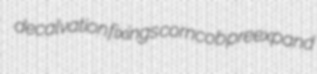
decalvation fixings corncob preexpand